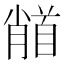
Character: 𩠦